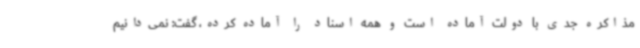
مذاکره جدی با دولت آماده است و همه اسناد را آماده کرده، گفت: نمی‌دانیم